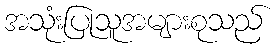
အသုံးပြုသူအများစုသည်